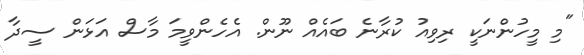
"މި މީހުންނަކީ ރިވިއު ކުރާނެ ބައެއް ނޫން. އެހެންވީމަ މާސް އަޅަން ސީދާ